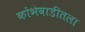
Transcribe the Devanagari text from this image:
कोंभेवाडीतला